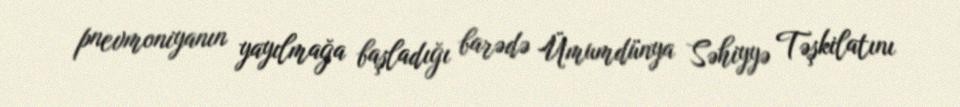
pnevmoniyanın yayılmağa başladığı barədə Ümumdünya Səhiyyə Təşkilatını